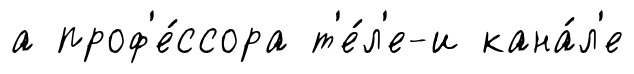
а проф'е́ссора т'е́л'е-и кана́л'е